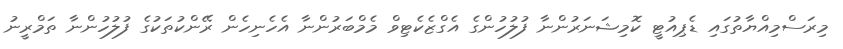
މިރަސްމިއްޔާތުގައި ޑެޕިއުޓީ ކޮމިޝަނަރުންނާ ފުލުހުންގެ އެގްޒެކެޓިވް މެމްބަރުންނާ އެހެނިހެން ރޭންކުތަކުގެ ފުލުހުންނާ ތަމްރީނު